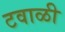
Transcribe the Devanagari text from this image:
टवाळी